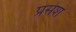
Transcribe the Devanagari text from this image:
प्रसेश